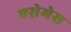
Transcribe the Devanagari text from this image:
एसेमेस